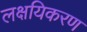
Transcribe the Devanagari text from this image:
लक्षयिकरण